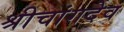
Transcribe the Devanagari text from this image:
श्रीचांगदेव